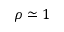
\rho \simeq 1